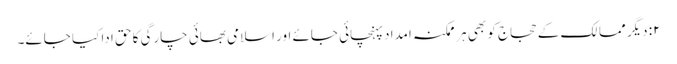
۲: دیگر ممالک کے حجاج کو بھی ہر ممکنہ امداد پہنچائی جائے اور اسلامی بھائی چارگی کا حق ادا کیا جائے۔